Indian journal of veterinary science and animal husbandry - Volume 9,
Year: 1939
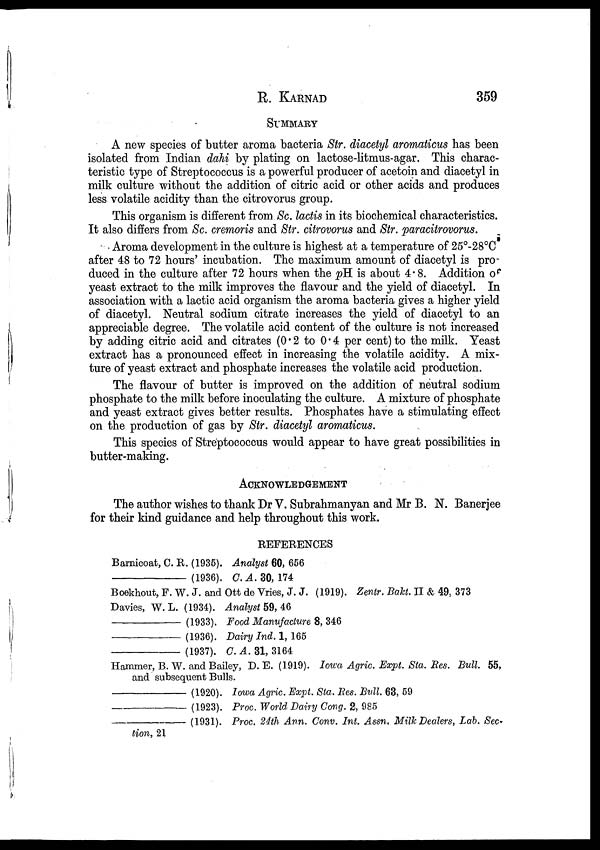
R.
KARNAD
359
SUMMARY
A new species of butter aroma bacteria Str. diacetyl aromaticus has been
isolated from Indian dahi by plating on lactose-litmus-agar. This charac-
teristic type of Streptococcus is a powerful producer of acetoin and diacetyl in
milk culture without the addition of citric acid or other acids and produces
less volatile acidity than the citrovorus group.
This organism is different from Sc. lactis in its biochemical characteristics.
It also differs from Sc. cremoris and Str. citrovorus and Str. paracitrovorus.
Aroma development in the culture is highest at a temperature of 25°-28°C
after 48 to 72 hours' incubation. The maximum amount of diacetyl is pro-
duced in the culture after 72 hours when the pH is about 4.8. Addition of
yeast extract to the milk improves the flavour and the yield of diacetyl. In
association with a lactic acid organism the aroma bacteria gives a higher yield
of diacetyl. Neutral sodium citrate increases the yield of diacetyl to an
appreciable degree. The volatile acid content of the culture is not increased
by adding citric acid and citrates (0.2 to 0.4 per cent) to the milk. Yeast
extract has a pronounced effect in increasing the volatile acidity. A mix-
ture of yeast extract and phosphate increases the volatile acid production.
The flavour of butter is improved on the addition of neutral sodium
phosphate to the milk before inoculating the culture. A mixture of phosphate
and yeast extract gives better results. Phosphates have a stimulating effect
on the production of gas by Str. diacetyl aromaticus.
This species of Streptococcus would appear to have great possibilities in
butter-making.
ACKNOWLEDGEMENT
The author wishes to thank Dr V. Subrahmanyan and Mr B. N. Banerjee
for their kind guidance and help throughout this work.
REFERENCES
Barnicoat, C. R. (1935). Analyst 60, 656
––––––––––––– (1936). C. A. 30, 174
Boekhout, F. W. J. and Ott de Vries, J. J. (1919). Zentr. Bakt. II & 49, 373
Davies, W. L. (1934). Analyst 59, 46
––––––––––––– (1933). Food Manufacture 8, 346
––––––––––––– (1936). Dairy Ind. 1,165
–––––––––––––(1937). C. A. 31, 3164
Hammer, B. W. and Bailey, D. E. (1919). Iowa Agric. Expt. Sta. Res. Bull 55,
and subsequent Bulls.
––––––––––––– (1920). Iowa Agric. Expt. Sta. Res. Bull. 63, 59
–––––––––––––(1923).
Proc. World Dairy Cong. 2, 985
–––––––––––––(1931).
Proc. 24th Ann. Conv. Int. Assn. Milk Dealers, Lab. Sec-
tion, 21